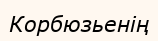
Корбюзьенің